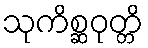
သုကိစ္ဆဝုတ္တိ